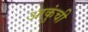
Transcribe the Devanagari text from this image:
आकुंची